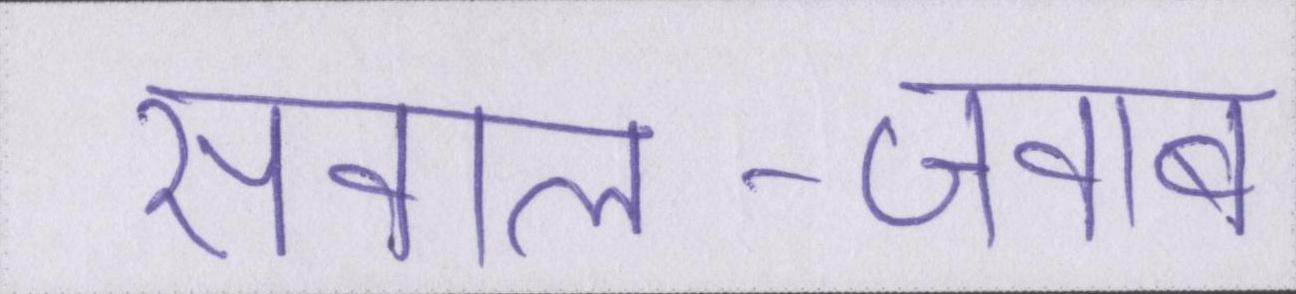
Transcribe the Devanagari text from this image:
सवाल-जवाब